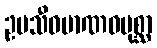
ဥပသီဝမာဏဝပုစ္ဆာ